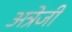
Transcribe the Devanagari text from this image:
अत्रेजी